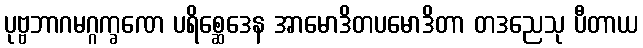
ပုဗ္ဗဘာဂမဂ္ဂက္ခဏေ ပရိစ္ဆေဒေန အာမောဒိတပမောဒိတာ တဒညေသု ပီတာယ